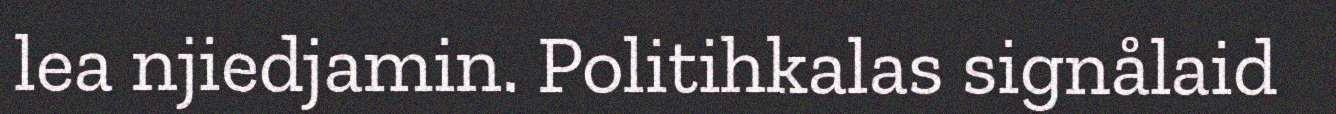
lea njiedjamin. Politihkalas signålaid